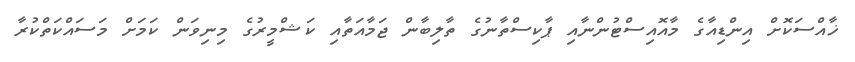
ޚާއްސަކޮށް އިންޑިއާގެ މާއޮއިސްޓުންނާއި ޕާކިސްތާނުގެ ތާލިބާން ޖަމާއަތާއި ކަޝްމީރުގެ މިނިވަން ކަމަށް މަސައްކަތްކުރާ